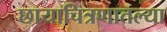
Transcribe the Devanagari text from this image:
छायाचित्रणातल्या